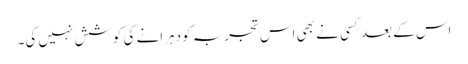
اس کے بعد کسی نے بھی اس تجربہ کو دہرانے کی کوشش نہیں کی۔